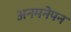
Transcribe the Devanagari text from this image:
अनमनेपन